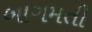
બાગમતી